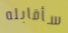
سأقابله